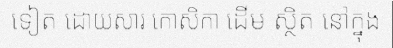
ទៀត ដោយសារ កោសិកា ដើម ស្ថិត នៅក្នុង